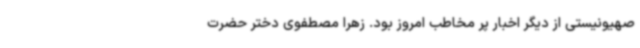
صهیونیستی از دیگر اخبار پر مخاطب امروز بود. زهرا مصطفوی دختر حضرت